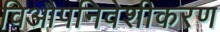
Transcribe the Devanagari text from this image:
विऔपनिवेशीकरण